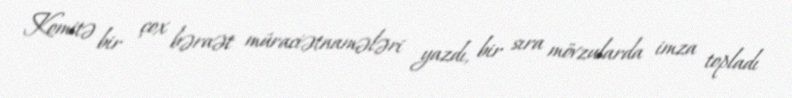
Komitə bir çox bəraət müraciətnamələri yazdı, bir sıra mövzularda imza topladı